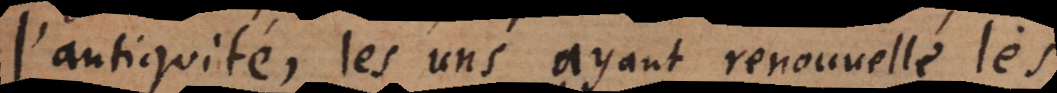
l’antiquité, les uns ayant renouvellé les